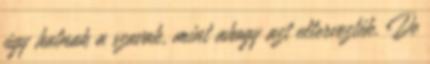
úgy hatnak a szavak, mint ahogy azt eltervezték. De